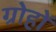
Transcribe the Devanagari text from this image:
ग्रोहों